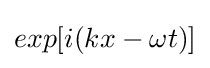
exp[i(kx-\omega t)]